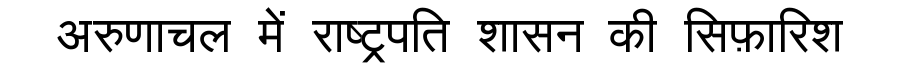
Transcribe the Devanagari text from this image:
अरुणाचल में राष्ट्रपति शासन की सिफ़ारिश